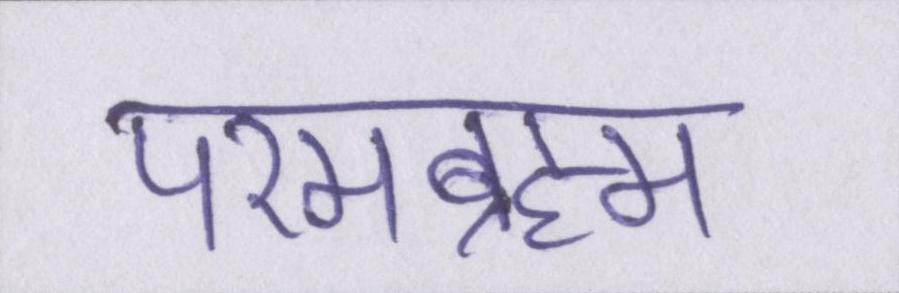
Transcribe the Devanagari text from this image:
परमब्रह्म